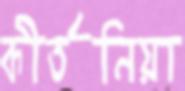
কীর্তনিয়া